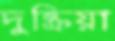
দুষ্ক্রিয়া